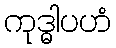
ကုဒ္ဓါပဟံ